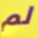
لم